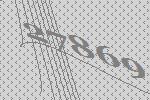
27869